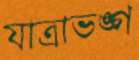
যাত্রাভঙ্গ